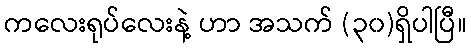
ကလေးရုပ်လေးနဲ့ ဟာ အသက် (၃၀)ရှိပါပြီ။